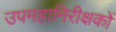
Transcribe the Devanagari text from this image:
उपमहानिरीक्षकों